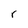
Character: r